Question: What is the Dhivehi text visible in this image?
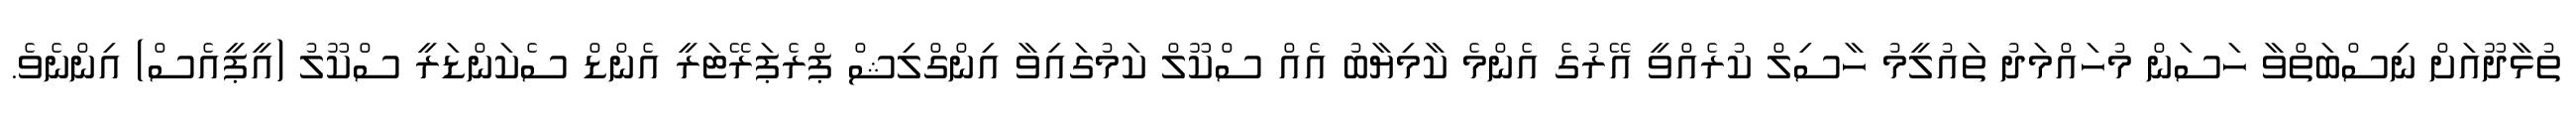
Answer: ތުޅާދޫއަށް ނިސްބަތްވާ ހަސަން މުހައްމަދު ތައުލީމު ހާސިލް ކުރެއްވީ އޭރުގެ އެންމެ ކާމިޔާބު އެއް ސްކޫލް ކަމުގައިވާ އިންގްލިޝް ޕްރެޕަރޭޓަރީ އެންޑް ސެކަންޑަރީ ސްކޫލު (އީޕީއެސް) އިންނެވެ.